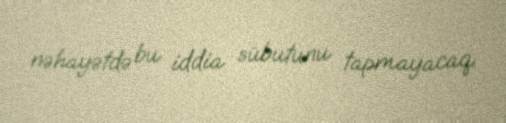
nəhayətdə bu iddia sübutunu tapmayacaq.